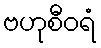
ဗဟုစီဝရံ